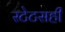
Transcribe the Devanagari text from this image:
स्टेटसही